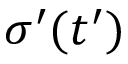
\boldsymbol { \sigma ^ { \prime } } ( { t ^ { \prime } } )